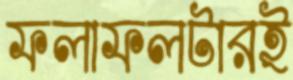
ফলাফলটারই